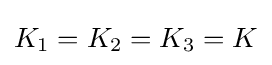
K_{1}=K_{2}=K_{3}=K